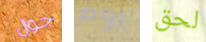
جوال يوم لحق